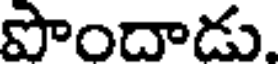
పొందాడు.